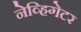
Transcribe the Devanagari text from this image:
नेव्हिगेटर